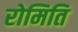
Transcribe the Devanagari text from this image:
रोमिति